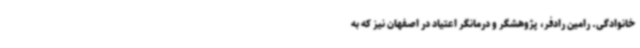
خانوادگی. رامین رادفر، پژوهشگر و درمانگر اعتیاد در اصفهان نیز که به